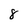
Character: 8